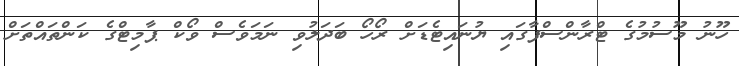
ހޫނު މޫސުމުގެ ޓްރާންސްފާގައި ޔުނައިޓެޑަށް ރޯހޯ ބަދަލުވި ނަމަވެސް ވޯކް ޕާމިޓްގެ ކަންތައްތަށް